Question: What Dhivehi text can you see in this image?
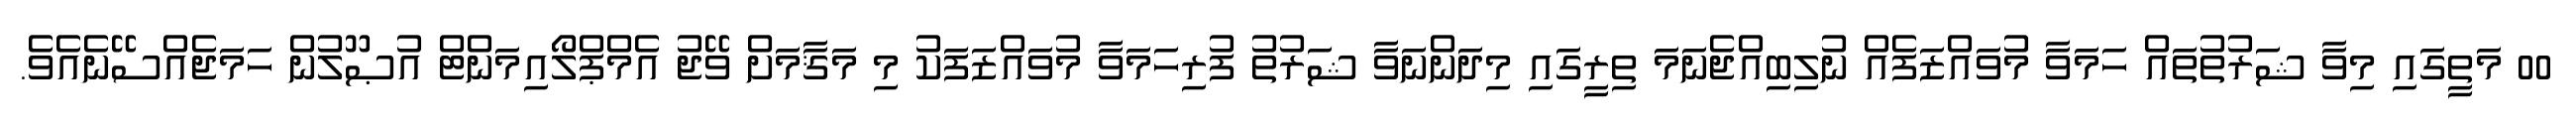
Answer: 00 މަތީގައި މިވާ ޝަރުތުތައް ހަމަވާ މުވައްޒަފެއް ނުލިބިއްޖެނަމަ ތިރީގައި މިދަންނަވާ ޝަރުތު ފުރިހަމަވާ މުވައްޒަފަކު މި މަޤާމަށް ވޭޖު އެމްޕްލޯއިމަންޓް އުޞޫލުން ހަމަޖެއްސޭނެއެވެ.